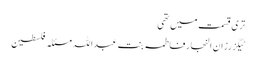
تری قسمت میں تھی
ٹیگزرزان النجار فاطمہ بنت عبداللہ مسئلہ فلسطین